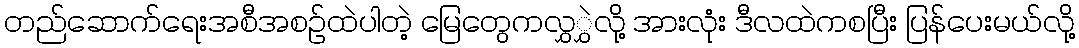
တည်ဆောက်ရေးအစီအစဉ်ထဲပါတဲ့ မြေတွေကလွှွှဲလို့ အားလုံး ဒီလထဲကစပြီး ပြန်ပေးမယ်လို့